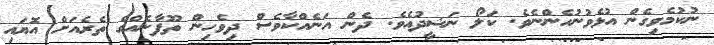
ނުކުމެވިގެން އުޅެވުނުހެންނެވެ. ކަލޯ ނަޝީދުއެވެ. ދެން އަނެއްކާވެސް ދިވެހިން ތޫފާނެއްގެ ތެރެއަށް އޮޔައި